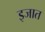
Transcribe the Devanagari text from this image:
इजात